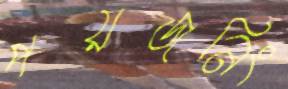
পয়জনিং